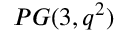
P G ( 3 , q ^ { 2 } )